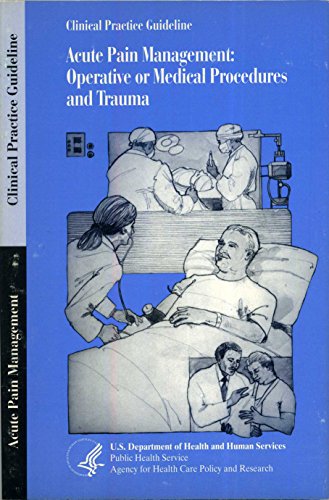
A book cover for Acute Pain and Management: Operative or Medical Procedures and Trauma; Carman and St. John And Hunter; Medical Books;